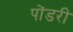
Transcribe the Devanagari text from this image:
पोंडरी